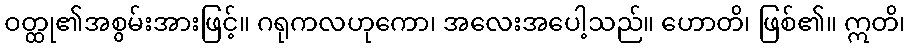
ဝတ္ထု၏အစွမ်းအားဖြင့်။ ဂရုကလဟုကော၊ အလေးအပေါ့သည်။ ဟောတိ၊ ဖြစ်၏။ ဣတိ၊